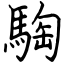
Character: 騊